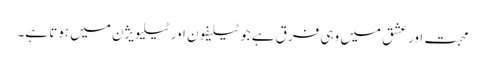
محبت اور عشق میں وہی فرق ہے جو ٹیلیفون اور ٹیلیویژن میں ہوتا ہے۔